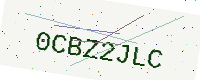
Text: 0CBZ2JLC